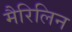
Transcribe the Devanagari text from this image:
मैरिलिन